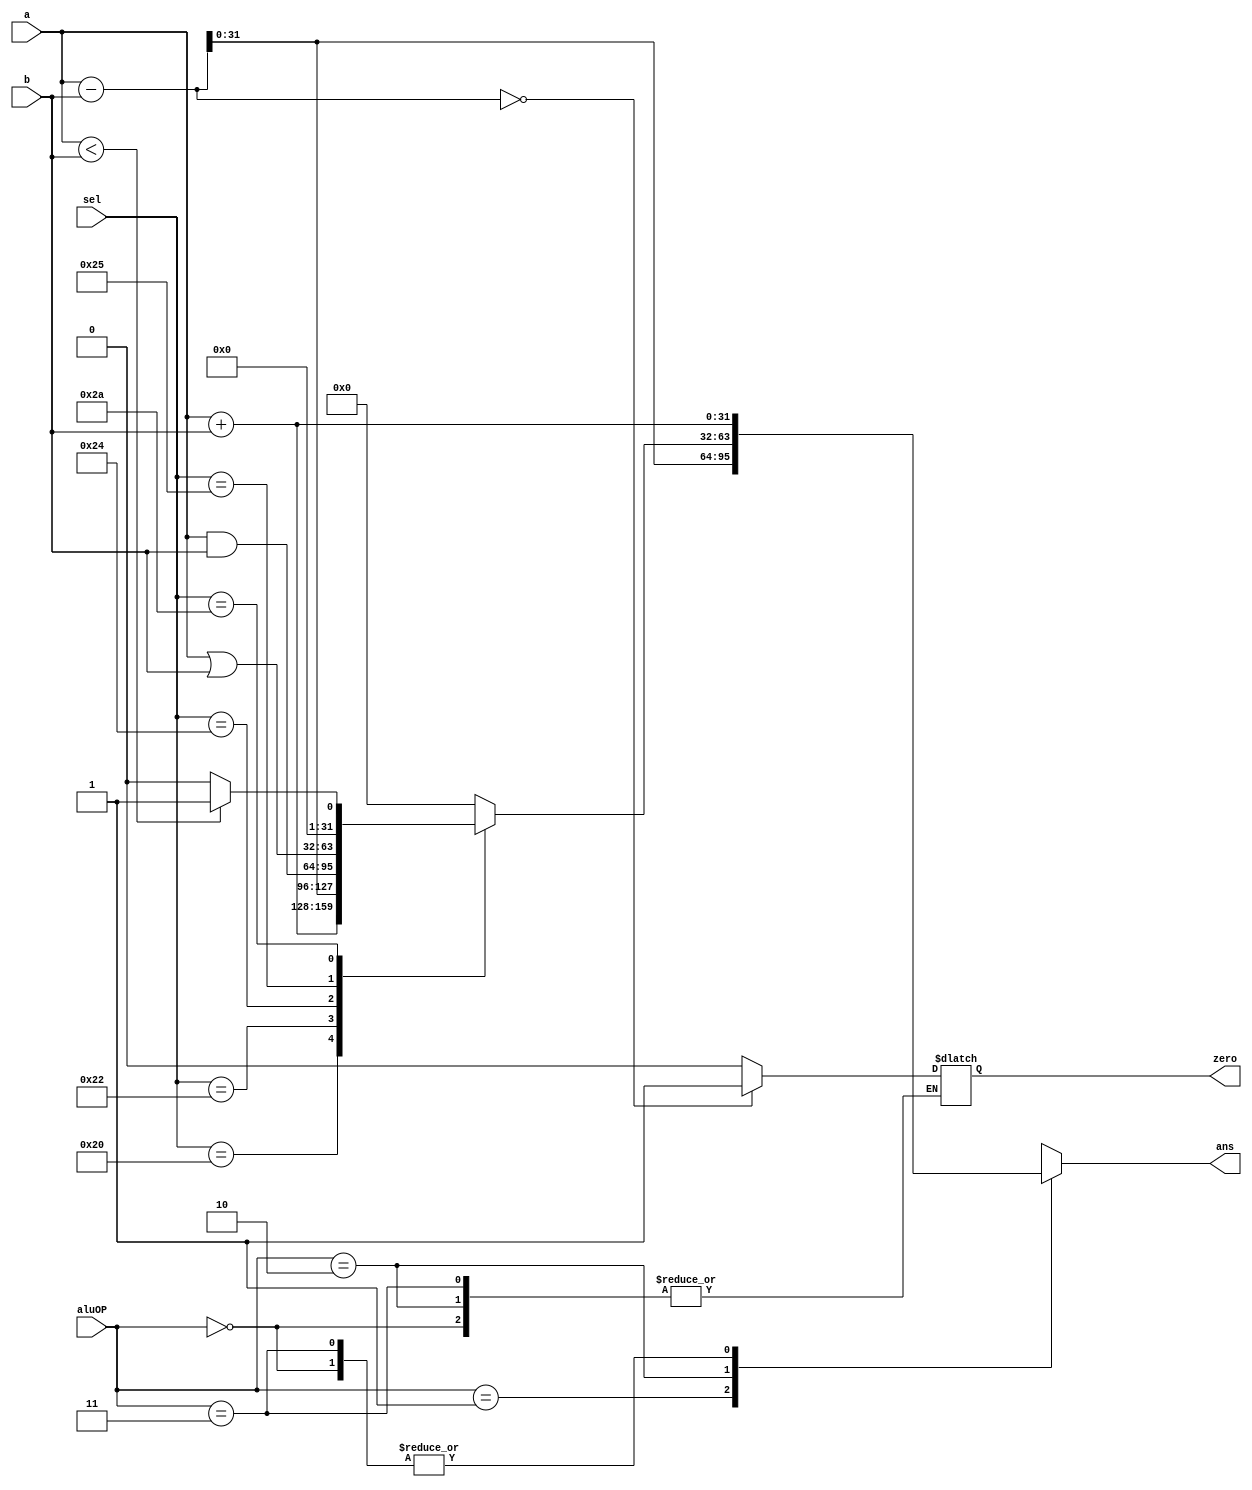

module alu(
  	output reg [31:0] ans,
  	output reg zero,
  	input [31:0] a,
  	input [31:0] b,
	input[1:0] aluOP,
  	input [5:0] sel);
  	reg[32:0] temp;

  always@(*)
    begin
	case(aluOP)
		2'b00: temp = a+b;
		2'b01: begin temp = a-b; 
			if(temp==0) zero=1; else zero=0;
			end
		2'b10:begin
		      case(sel)
		        6'b100000: temp = a+b;
		        6'b100010: temp = a-b;
		        6'b100100: temp = a&b;
		        6'b100101: temp = a|b;
			6'b101010: if(a<b) temp = 1; else temp=0;
		        default: temp = 0;
		      endcase 
		      end
		
		2'b11:temp = a+b;    //temp = a|b; //for slti
		//case(sel) 6'b000011:if(a<b) temp = 1; else temp=0;//for slti
		//default: 
			//temp = a+b; //lw, sw
		//endcase
	endcase
//if(temp%2 == 1) temp = 0;
     ans = temp[31:0];
    end 
endmodule